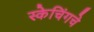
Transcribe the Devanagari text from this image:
स्केचिंगचे